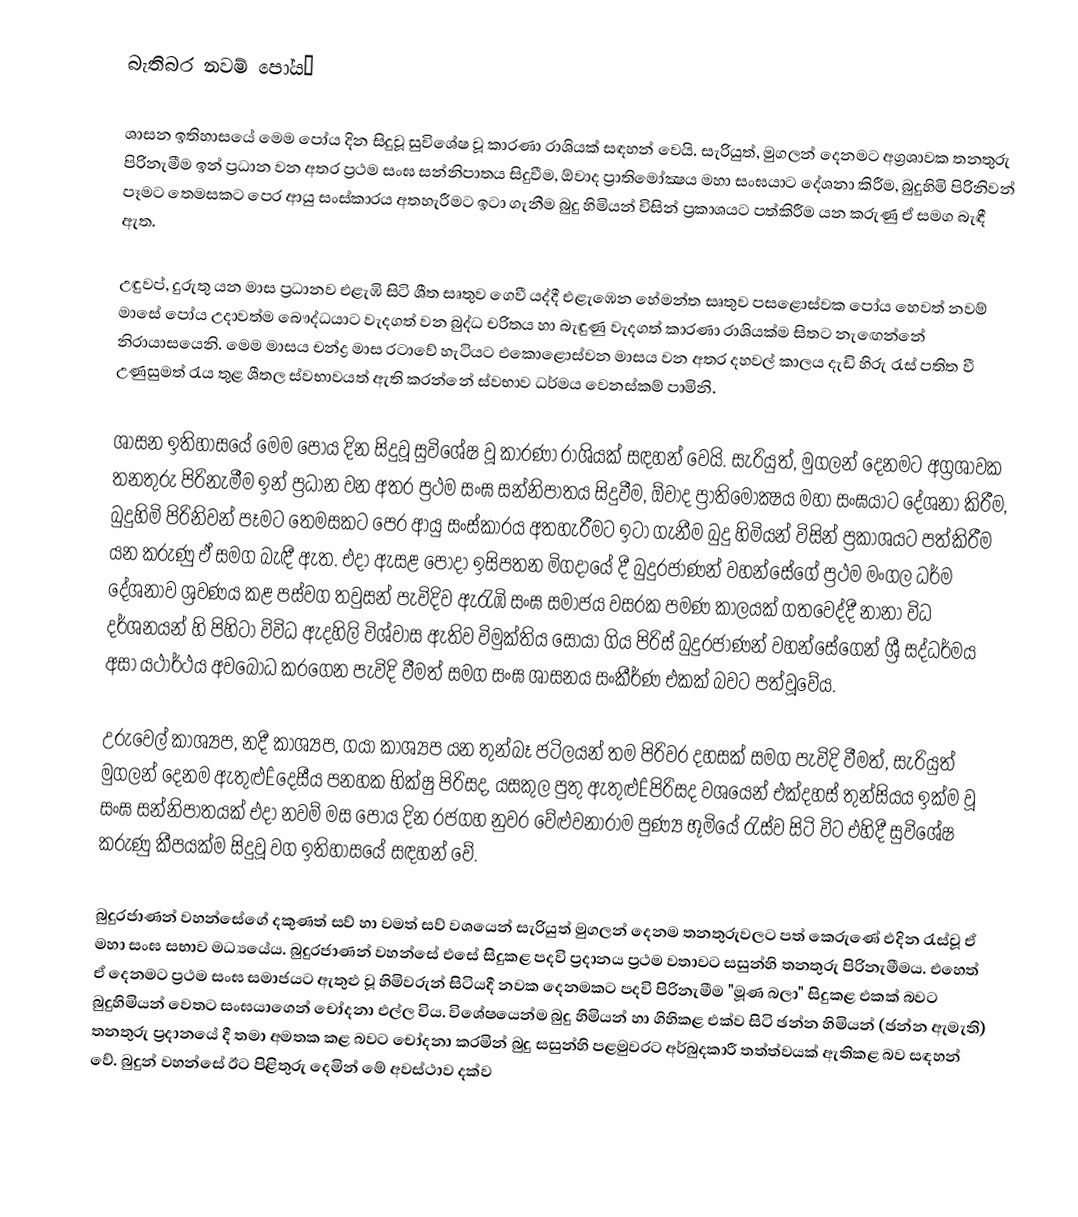
බැතිබර  නවම් පෝය·

ශාසන ඉතිහාසයේ මෙම පෝය දින සිදුවූ සුවිශේෂ වූ කාරණා රාශියක්‌ සඳහන් වෙයි. සැරියුත්, මුගලන් දෙනමට අග්‍රශාවක තනතුරු පිරිනැමීම ඉන් ප්‍රධාන වන අතර ප්‍රථම සංඝ සන්නිපාතය සිදුවීම, ඕවාද ප්‍රාතිමෝක්‍ෂය මහා සංඝයාට දේශනා කිරීම, බුදුහිමි පිරිනිවන් පෑමට තෙමසකට පෙර ආයු සංස්‌කාරය අතහැරීමට ඉටා ගැනීම බුදු හිමියන් විසින් ප්‍රකාශයට පත්කිරීම යන කරුණු ඒ සමග බැඳී ඇත.

උඳුවප්, දුරුතු යන මාස ප්‍රධානව එළැඹි සිටි ශීත සෘතුව ගෙවී යද්දී එළැඹෙන හේමන්ත සෘතුව පසළොස්‌වක පෝය හෙවත් නවම් මාසේ පෝය උදාවත්ම බෞද්ධයාට වැදගත් වන බුද්ධ චරිතය හා බැඳුණු වැදගත් කාරණා රාශියක්‌ම සිතට නැඟෙන්නේ නිරායාසයෙනි. මෙම මාසය චන්ද්‍ර මාස රටාවේ හැටියට එකොළොස්‌වන මාසය වන අතර දහවල් කාලය දැඩි හිරු රැස්‌ පතිත වී උණුසුමත් රැය තුළ ශීතල ස්‌වභාවයත් ඇති කරන්නේ ස්‌වභාව ධර්මය වෙනස්‌කම් පාමිනි.

ශාසන ඉතිහාසයේ මෙම පෝය දින සිදුවූ සුවිශේෂ වූ කාරණා රාශියක්‌ සඳහන් වෙයි. සැරියුත්, මුගලන් දෙනමට අග්‍රශාවක තනතුරු පිරිනැමීම ඉන් ප්‍රධාන වන අතර ප්‍රථම සංඝ සන්නිපාතය සිදුවීම, ඕවාද ප්‍රාතිමෝක්‍ෂය මහා සංඝයාට දේශනා කිරීම, බුදුහිමි පිරිනිවන් පෑමට තෙමසකට පෙර ආයු සංස්‌කාරය අතහැරීමට ඉටා ගැනීම බුදු හිමියන් විසින් ප්‍රකාශයට පත්කිරීම යන කරුණු ඒ සමග බැඳී ඇත. එදා ඇසළ පෝදා ඉසිපතන මිගදායේ දී බුදුරජාණන් වහන්සේගේ ප්‍රථම මංගල ධර්ම දේශනාව ශ්‍රවණය කළ පස්‌වග තවුසන් පැවිදිව ඇරැඹි සංඝ සමාජය වසරක පමණ කාලයක්‌ ගතවෙද්දී නානා විධ දර්ශනයන් හි පිහිටා විවිධ ඇදහිලි විශ්වාස ඇතිව විමුක්‌තිය සොයා ගිය පිරිස්‌ බුදුරජාණන් වහන්සේගෙන් ශ්‍රී සද්ධර්මය අසා යථාර්ථය අවබෝධ කරගෙන පැවිදි වීමත් සමග සංඝ ශාසනය සංකීර්ණ එකක්‌ බවට පත්වූවේය.

උරුවෙල් කාශ්‍යප, නදී කාශ්‍යප, ගයා කාශ්‍යප යන තුන්බෑ ජටිලයන් තම පිරිවර දහසක්‌ සමග පැවිදි වීමත්, සැරියුත් මුගලන් දෙනම ඇතුළුÊදෙසීය පනහක භික්‌ෂු පිරිසද, යසකුල පුතු ඇතුළුÊපිරිසද වශයෙන් එක්‌දහස්‌ තුන්සියය ඉක්‌ම වූ සංඝ සන්නිපාතයක්‌ එදා නවම් මස පෝය දින රජගහ නුවර වේළුවනාරාම පුණ්‍ය භූමියේ රැස්‌ව සිටි විට එහිදී සුවිශේෂ කරුණු කීපයක්‌ම සිදුවූ වග ඉතිහාසයේ සඳහන් වේ.

බුදුරජාණන් වහන්සේගේ දකුණත් සව් හා වමත් සව් වශයෙන් සැරියුත් මුගලන් දෙනම තනතුරුවලට පත් කෙරුණේ එදින රැස්‌වූ ඒ මහා සංඝ සභාව මධ්‍යයේය. බුදුරජාණන් වහන්සේ එසේ සිදුකළ පදවි ප්‍රදානය ප්‍රථම වතාවට සසුන්හි තනතුරු පිරිනැමීමය. එහෙත් ඒ දෙනමට ප්‍රථම සංඝ සමාජයට ඇතුළු වූ හිමිවරුන් සිටියදී නවක දෙනමකට පදවි පිරිනැමීම "මූණ බලා" සිදුකළ එකක්‌ බවට බුදුහිමියන් වෙතට සංඝයාගෙන් චෝදනා එල්ල විය. විශේෂයෙන්ම බුදු හිමියන් හා ගිහිකළ එක්‌ව සිටි ඡන්න හිමියන් (ඡන්න ඇමැති) තනතුරු ප්‍රදානයේ දී තමා අමතක කළ බවට චෝදනා කරමින් බුදු සසුන්හි පළමුවරට අර්බුදකාරී තත්ත්වයක්‌ ඇතිකළ බව සඳහන් වේ. බුදුන් වහන්සේ ඊට පිළිතුරු දෙමින් මේ අවස්‌ථාව දක්‌ව